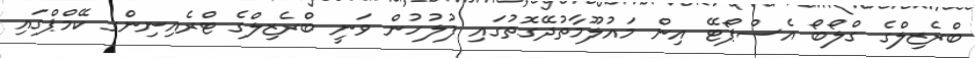
ބްރެޒިލްގެ ގްލޯބޯ އެސްޕޯޓޭ އިން މައުލޫމާތުދޭގޮތުގައި ފުލުހުން ވަނީ ބްރެޒިލްގެ ޓްރެއިނިންގ ކޭމްޕްގައި